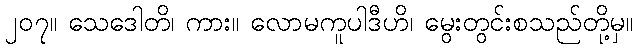
၂၀၇။ သေဒေါတိ၊ ကား။ လောမကူပါဒီဟိ၊ မွေးတွင်းစသည်တို့မှ။